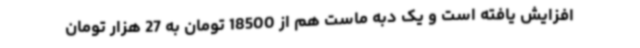
افزایش یافته است و یک دبه ماست هم از 18500 تومان به 27 هزار تومان